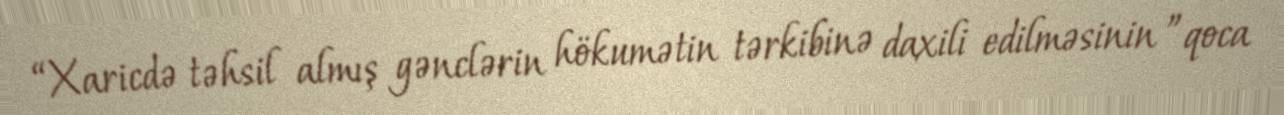
“Xaricdə təhsil almış gənclərin hökumətin tərkibinə daxili edilməsinin ”qoca